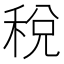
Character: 稅